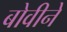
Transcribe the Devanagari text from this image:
बोवीने